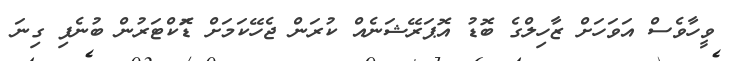
ވީހާވެސް އަވަހަށް ޒާހިލްގެ ބޮޑު އޮޕަރޭޝަނެއް ކުރަން ޖެހޭކަމަށް ޑޮަކްޓަރުން ބުނެފި ގިނަ